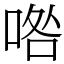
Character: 𠴰